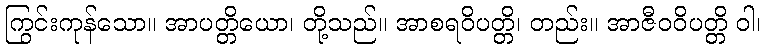
ကြွင်းကုန်သော။ အာပတ္တိယော၊ တို့သည်။ အာစရဝိပတ္တိ၊ တည်း။ အာဇီဝဝိပတ္တိ ဝါ၊